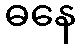
ဓနေ